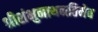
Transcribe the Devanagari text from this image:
श्रीशंभुनाथनतिमेव